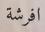
افرشة